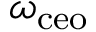
\omega _ { \mathrm { c e o } }